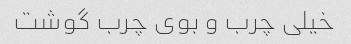
خیلی چرب و بوی چرب گوشت